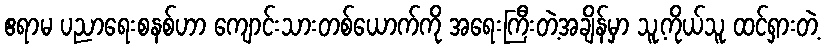
ဧရာမ ပညာရေးစနစ်ဟာ ကျောင်းသားတစ်ယောက်ကို အရေးကြီးတဲ့အချိန်မှာ သူ့ကိုယ်သူ ထင်ရှားတဲ့